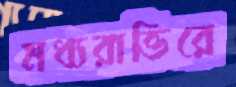
মধ্যরাত্তিরে